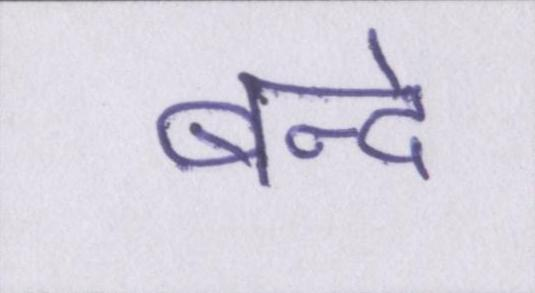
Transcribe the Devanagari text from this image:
बन्दे